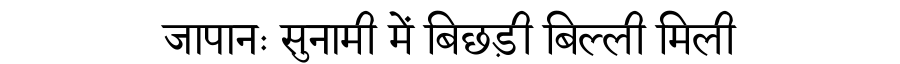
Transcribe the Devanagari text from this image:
जापानः सुनामी में बिछड़ी बिल्ली मिली